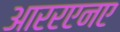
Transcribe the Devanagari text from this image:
आररएनए